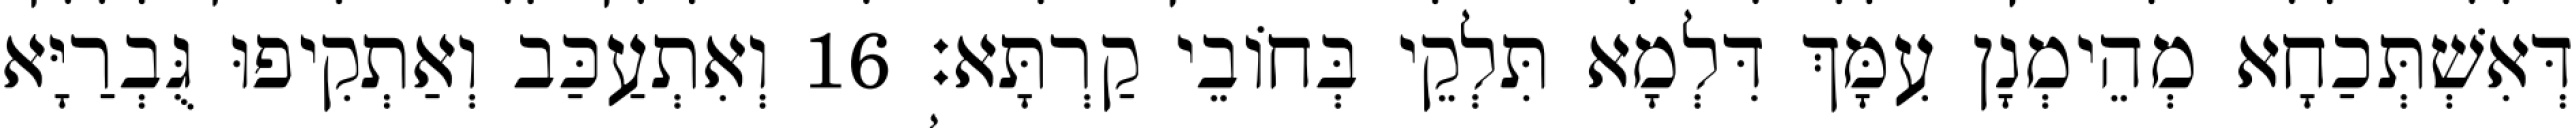
דְּאִשְׁתְּכַחָא מְהֵימְנָן עִמָּךְ דִּלְמָא תִּלְקֵי בְּחוֹבֵי קַרְתָּא׃ 16 וְאִתְעַכַּב וְאַתְקִיפוּ גֻּבְרַיָּא